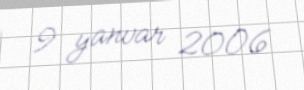
9 yanvar 2006